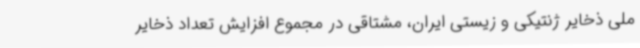
ملی ذخایر ژنتیکی و زیستی ایران، مشتاقی در مجموع افزایش تعداد ذخایر